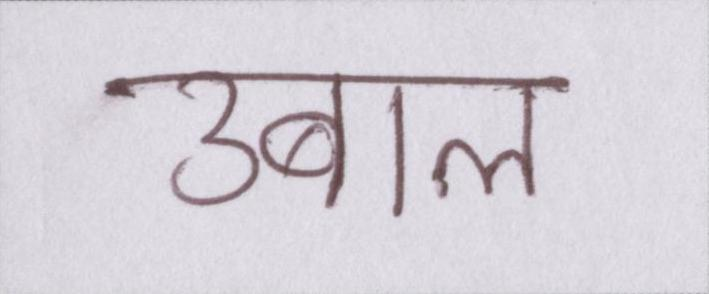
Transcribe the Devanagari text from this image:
उबाल